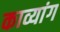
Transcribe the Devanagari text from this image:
काव्यांग